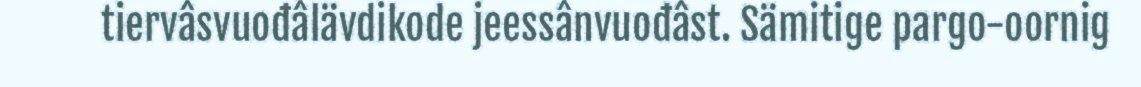
tiervâsvuođâlävdikode jeessânvuođâst. Sämitige pargo-oornig